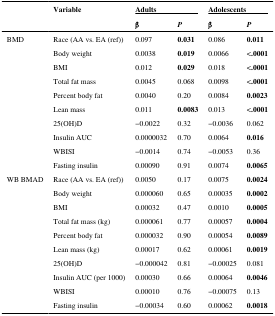
|  | Variable | <COLSPAN=2> Adults | <COLSPAN=2> Adolescents |
 |  |  | β | P | β | P |
 | --- | --- | --- | --- | --- | --- |
 | <ROWSPAN=10> BMD | Race (AA vs. EA (ref)) | 0.097 | 0.031 | 0.086 | 0.011 |
 | Body weight | 0.0038 | 0.019 | 0.0066 | <.0001 |
 | BMI | 0.012 | 0.029 | 0.018 | <.0001 |
 | Total fat mass | 0.0045 | 0.068 | 0.0098 | <.0001 |
 | Percent body fat | 0.0040 | 0.20 | 0.0084 | 0.0023 |
 | Lean mass | 0.011 | 0.0083 | 0.013 | <.0001 |
 | 25(OH)D | −0.0022 | 0.32 | −0.0036 | 0.062 |
 | Insulin AUC | 0.0000032 | 0.70 | 0.0064 | 0.016 |
 | WBISI | −0.0014 | 0.74 | −0.0053 | 0.36 |
 | Fasting insulin | 0.00090 | 0.91 | 0.0074 | 0.0065 |
 | <ROWSPAN=10> WB BMAD | Race (AA vs. EA (ref)) | 0.0050 | 0.17 | 0.0075 | 0.0024 |
 | Body weight | 0.000060 | 0.65 | 0.00035 | 0.0002 |
 | BMI | 0.00032 | 0.47 | 0.0010 | 0.0005 |
 | Total fat mass (kg) | 0.000061 | 0.77 | 0.00057 | 0.0004 |
 | Percent body fat | 0.000032 | 0.90 | 0.00054 | 0.0089 |
 | Lean mass (kg) | 0.00017 | 0.62 | 0.00061 | 0.0019 |
 | 25(OH)D | −0.000042 | 0.81 | −0.00025 | 0.081 |
 | Insulin AUC (per 1000) | 0.00030 | 0.66 | 0.00064 | 0.0046 |
 | WBISI | 0.00010 | 0.76 | −0.00075 | 0.13 |
 | Fasting insulin | −0.00034 | 0.60 | 0.00062 | 0.0018 |